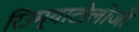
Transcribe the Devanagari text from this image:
रिउम्याटोलोजी